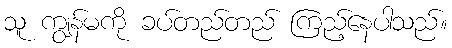
သူ ကျွန်မကို ခပ်တည်တည် ကြည့်နေပါသည်။